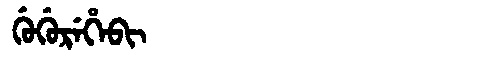
Manchu: ᡤᡠᡤᡠᡵᡝᡥᡝᠪᡳ
Romanization: GUGUREHEBI